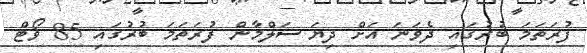
ފުރަތަމަ ބުރުގައި ދެވަނަ އަށް ދިޔަ ސަލްމާން ފުރަތަމަ ބުރުގައި 85 ވޯޓް